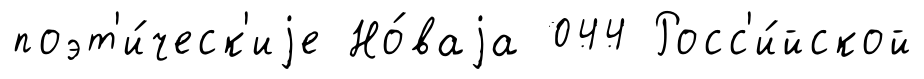
поэт'и́ческ'иjе Но́ваjа 044 Росс'и́йской